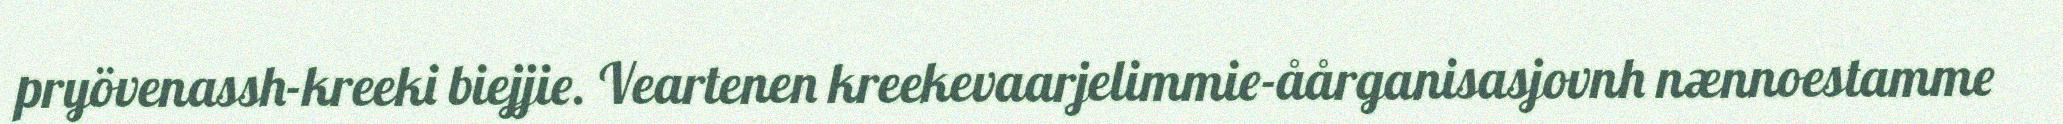
pryövenassh-kreeki biejjie. Veartenen kreekevaarjelimmie-åårganisasjovnh nænnoestamme